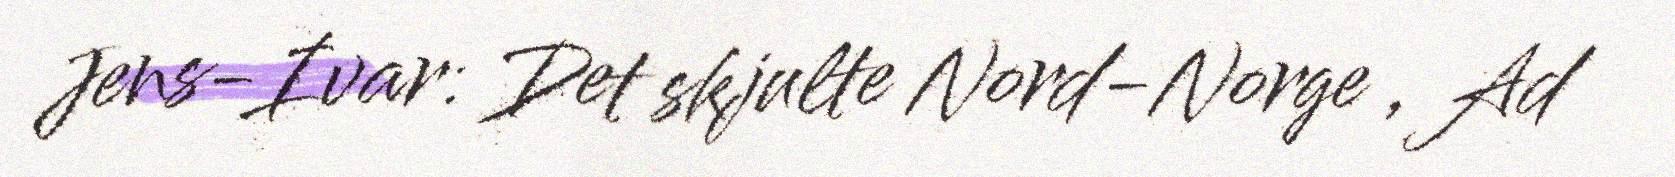
Jens-Ivar: Det skjulte Nord-Norge , Ad